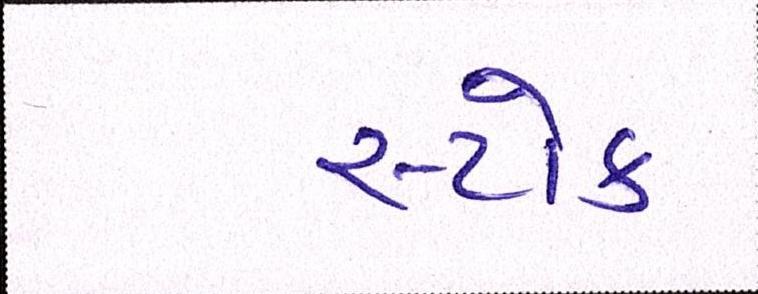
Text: સ્ટોક